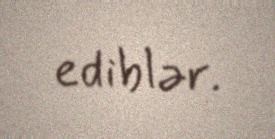
ediblər.